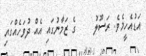
އަޑުއެހީމެވެ. ރަސޫލު     ގެ ޒަމާނުގައި އެއް ދުވަހެއްގައި